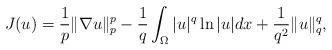
LaTeX: \begin{align*}J(u)=\frac 1p\|\nabla u\|_p^p-\frac 1q\int_\Omega |u|^q\ln|u|dx+\frac {1}{q^2}\|u\|_q^q,\end{align*}